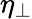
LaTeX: \eta_{\perp}